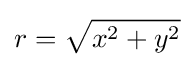
r={\sqrt {x^{2}+y^{2}}}